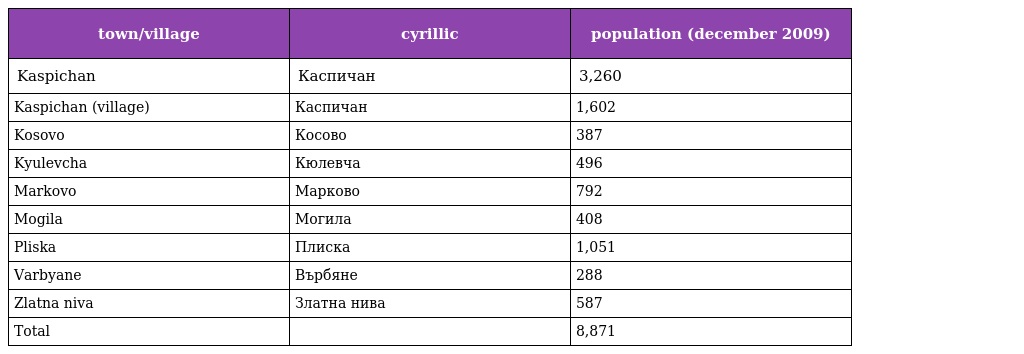
| town/village | cyrillic | population (december 2009) |
 | --- | --- | --- |
 | Kaspichan | Каспичан | 3,260 |
 | Kaspichan (village) | Каспичан | 1,602 |
 | Kosovo | Косово | 387 |
 | Kyulevcha | Кюлевча | 496 |
 | Markovo | Марково | 792 |
 | Mogila | Могила | 408 |
 | Pliska | Плиска | 1,051 |
 | Varbyane | Върбяне | 288 |
 | Zlatna niva | Златна нива | 587 |
 | Total |  | 8,871 |